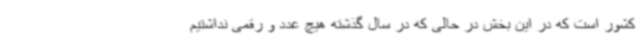
کشور است که در این بخش در حالی که در سال گذشته هیچ عدد و رقمی نداشتیم